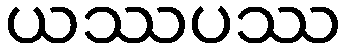
ယဿပဿ